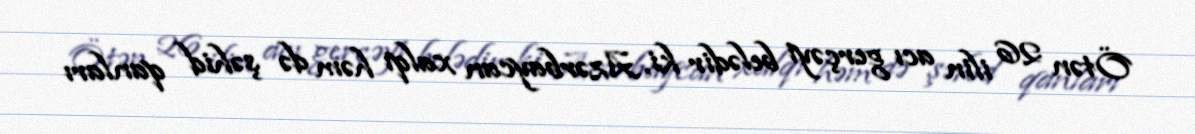
Ötən 26 ilin acı gerçəyi belədir ki, Azərbaycan xalqı həm də şəhid qanları